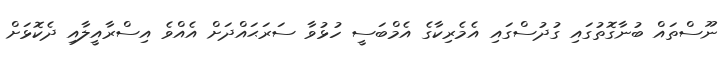
ނޫސްތައް ބުނާގޮތުގައި ގުދުސްގައި އެމެރިކާގެ އެމްބަސީ ހުޅުވާ ސަރަޙައްދަށް އެއްވެ އިސްރާއީލާއި ދެކޮޅަށް